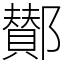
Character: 鄼